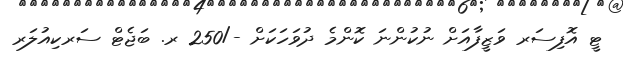
ޓީ އޮފިސަރ ވަޒީފާއަށް ނުކުންނަ ކޮންމެ ދުވަހަކަށް -/250 ރ. ބަޖެޓް ސަރކިއުލަރ